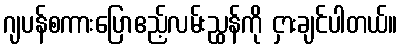
ဂျပန်စကားပြောဧည့်လမ်းညွှန်ကို ငှားချင်ပါတယ်။